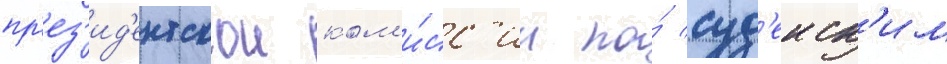
пр'ез'ид'ентскои ком'и́сс'ии по́ суд'еиск'им